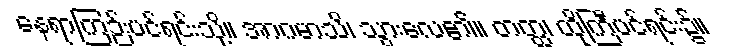
နေရာကြဉ်းပင်ရင်းသို့။ အာဂမာသိ၊ သွားလေ၏။ တတ္ထ၊ ထိုကြီပင်ရင်း၌။